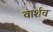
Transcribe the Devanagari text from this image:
वार्शव